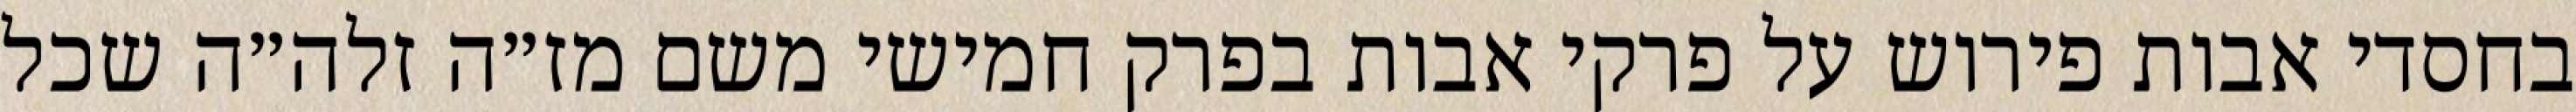
בחסדי אבות פירוש על פרקי אבות בפרק חמישי משם מז״ה זלה״ה שכל